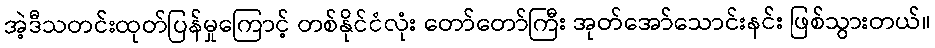
အဲ့ဒီသတင်းထုတ်ပြန်မှုကြောင့် တစ်နိုင်ငံလုံး တော်တော်ကြီး အုတ်အော်သောင်းနင်း ဖြစ်သွားတယ်။